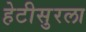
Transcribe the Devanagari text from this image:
हेटीसुरला